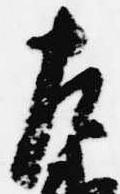
左